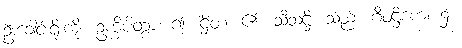
ဦးခေါင်းရိုးကို။ ဥက္ခိပိတွာ၊ ၍။ ဌိတံ၊ ၏။ သီသဋ္ဌိ၊ သည်။ ဂီဝဋ္ဌိကေ၊ ၌။